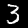
Label: 3